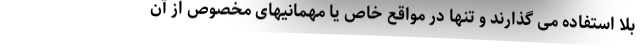
بلا استفاده می گذارند و تنها در مواقع خاص یا مهمانیهای مخصوص از آن